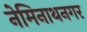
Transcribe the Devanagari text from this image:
नेमिनाथनगर